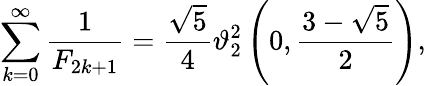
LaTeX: \sum_{k=0}^{\infty}{\frac{1}{F_{2k+1}}}={\frac{\sqrt{5}}{4}}\vartheta_{2}^{2}\left(0,{\frac{3-{\sqrt{5}}}{2}}\right),